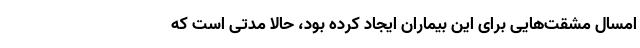
امسال مشقت‌هایی برای این بیماران ایجاد کرده بود، حالا مدتی است که